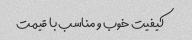
کیفیت خوب و مناسب با قیمت